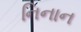
નિનાન